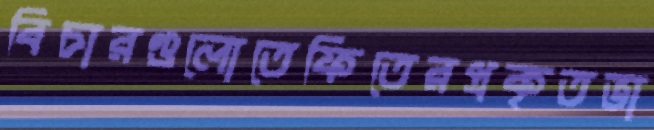
বিচারগুলোতেফিতেরপ্রকৃতভা